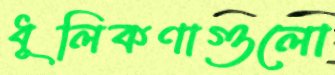
ধূলিকণাগুলো